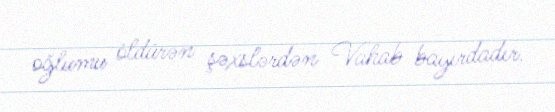
oğlumu öldürən şəxslərdən Vahab bayırdadır.